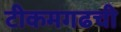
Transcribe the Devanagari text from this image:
टीकमगढची